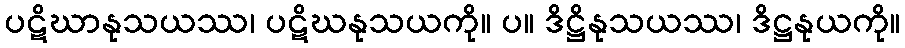
ပဋိဃာနုသယဿ၊ ပဋိဃနုသယကို။ ပ။ ဒိဋ္ဌိနုသယဿ၊ ဒိဋ္ဌနုယကို။